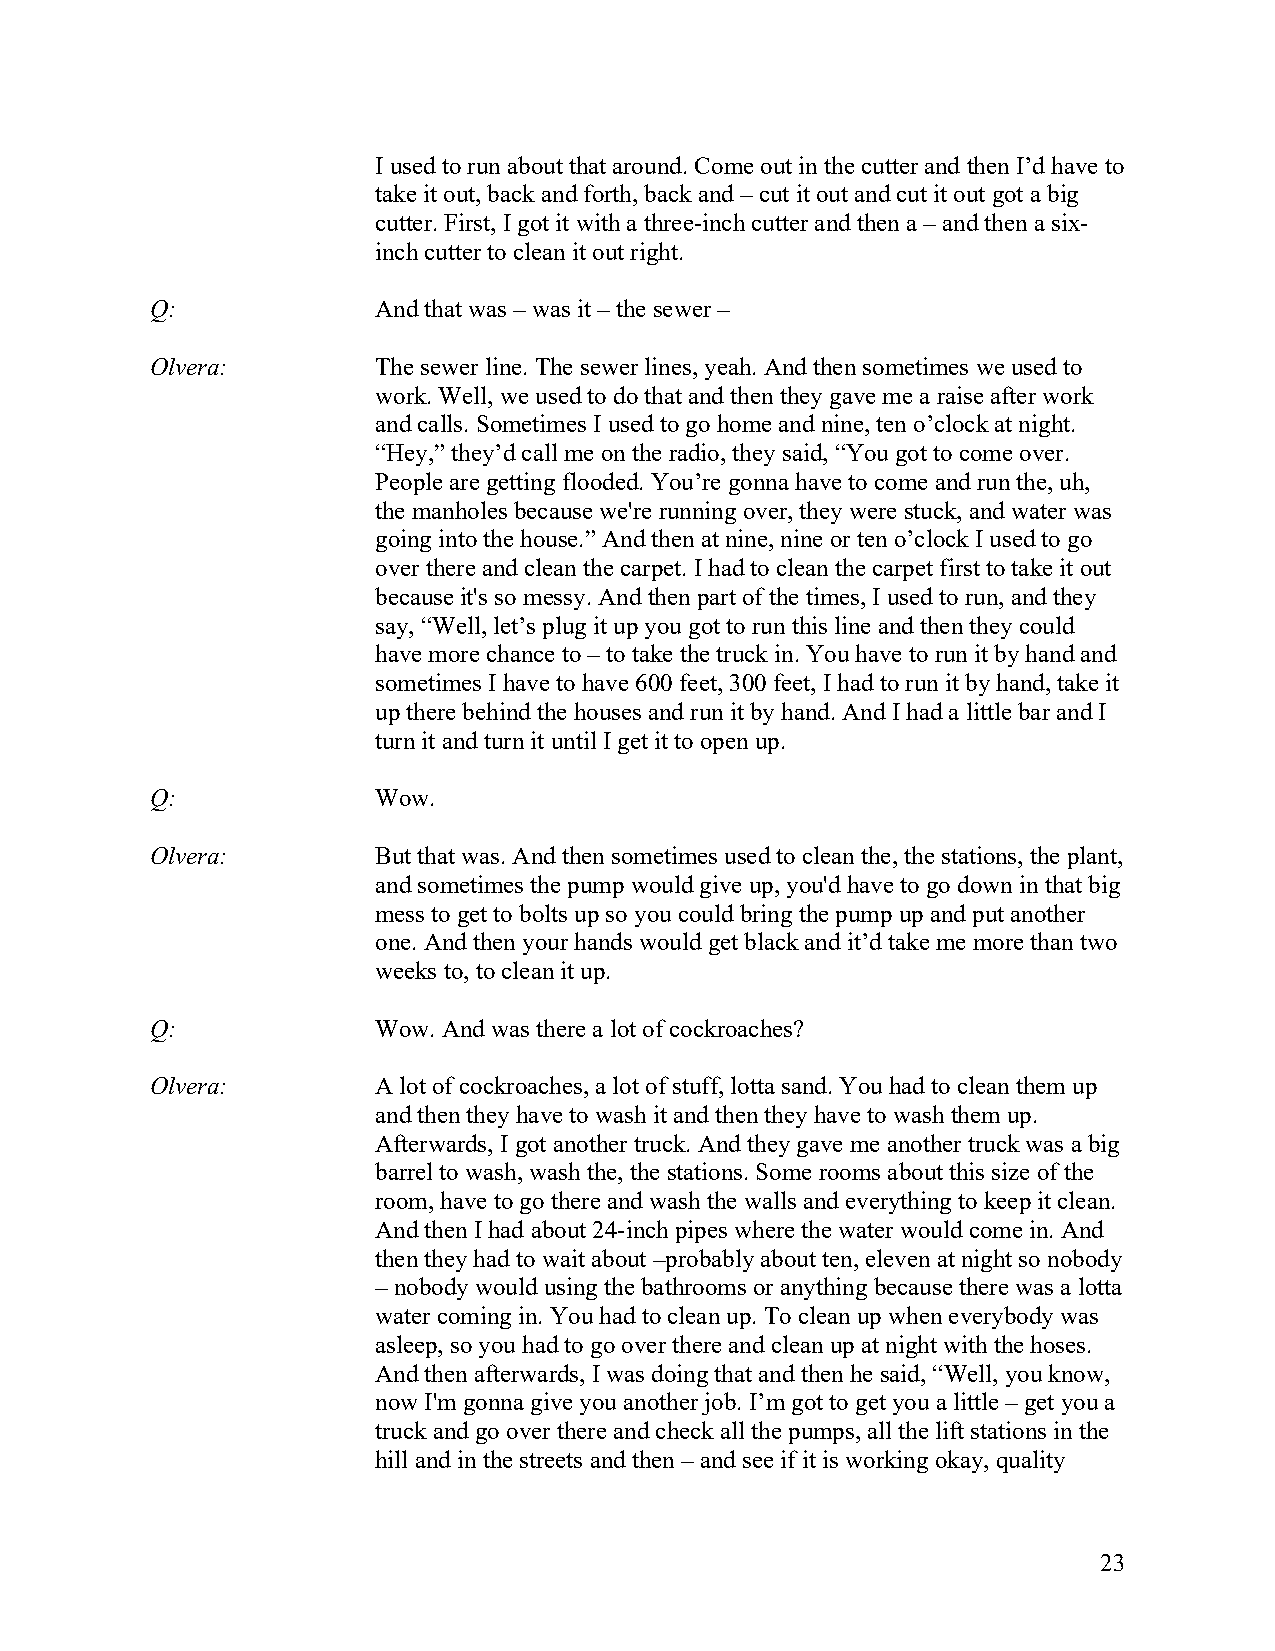
I used to run about that around. Come out in the cutter and then I’d have to
 take it out, back and forth, back and – cut it out and cut it out got a big
 cutter. First, I got it with a three-inch cutter and then a – and then a six-
 inch cutter to clean it out right.
 Q:             And that was – was it – the sewer –
 Olvera:        The sewer line. The sewer lines, yeah. And then sometimes we used to
 work. Well, we used to do that and then they gave me a raise after work
 and calls. Sometimes I used to go home and nine, ten o’clock at night.
 “Hey,” they’d call me on the radio, they said, “You got to come over.
 People are getting flooded. You’re gonna have to come and run the, uh,
 the manholes because we're running over, they were stuck, and water was
 going into the house.” And then at nine, nine or ten o’clock I used to go
 over there and clean the carpet. I had to clean the carpet first to take it out
 because it's so messy. And then part of the times, I used to run, and they
 say, “Well, let’s plug it up you got to run this line and then they could
 have more chance to – to take the truck in. You have to run it by hand and
 sometimes I have to have 600 feet, 300 feet, I had to run it by hand, take it
 up there behind the houses and run it by hand. And I had a little bar and I
 turn it and turn it until I get it to open up.
 Q:             Wow.
 Olvera:        But that was. And then sometimes used to clean the, the stations, the plant,
 and sometimes the pump would give up, you'd have to go down in that big
 mess to get to bolts up so you could bring the pump up and put another
 one. And then your hands would get black and it’d take me more than two
 weeks to, to clean it up.
 Q:             Wow. And was there a lot of cockroaches?
 Olvera:        A lot of cockroaches, a lot of stuff, lotta sand. You had to clean them up
 and then they have to wash it and then they have to wash them up.
 Afterwards, I got another truck. And they gave me another truck was a big
 barrel to wash, wash the, the stations. Some rooms about this size of the
 room, have to go there and wash the walls and everything to keep it clean.
 And then I had about 24-inch pipes where the water would come in. And
 then they had to wait about –probably about ten, eleven at night so nobody
 – nobody would using the bathrooms or anything because there was a lotta
 water coming in. You had to clean up. To clean up when everybody was
 asleep, so you had to go over there and clean up at night with the hoses.
 And then afterwards, I was doing that and then he said, “Well, you know,
 now I'm gonna give you another job. I’m got to get you a little – get you a
 truck and go over there and check all the pumps, all the lift stations in the
 hill and in the streets and then – and see if it is working okay, quality
 23